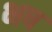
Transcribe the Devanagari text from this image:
भष